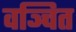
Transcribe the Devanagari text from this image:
वञ्चित